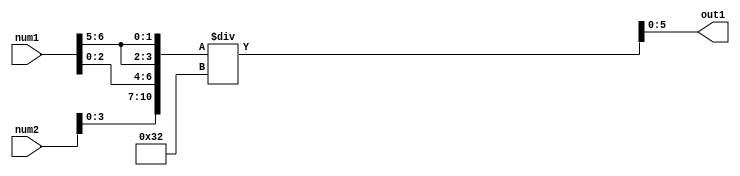
module lab3(num1,num2,out1);

input [7:0] num1;
input [7:0] num2;
output [5:0] out1;

wire [1:0] a_result ;
wire [3:0] b_result;
wire [2:0] c_result;
wire [3:0] d_result;
wire [10:0] e_result;
parameter coef =6'b110010; 

assign a_result = num1[6:5]; 
assign b_result = {2{a_result}}; 
assign c_result =  num1[2:0] ;
assign d_result = num2[3:0];
assign e_result = {d_result,c_result,b_result}; 
assign out1 = e_result / coef;

endmodule